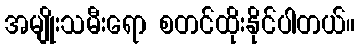
အမျိုးသမီးရော စတင်ထိုးနိုင်ပါတယ်။